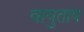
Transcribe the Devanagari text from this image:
वायुताप